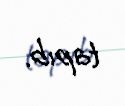
tapıb.